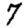
Digit: 7